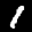
Label: 1